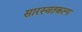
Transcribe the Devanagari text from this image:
सारस्वतकल्प